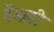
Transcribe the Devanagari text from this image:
टेंभली